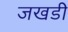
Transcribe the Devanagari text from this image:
जखडी